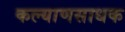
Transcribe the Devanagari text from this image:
कल्याणसाधक